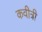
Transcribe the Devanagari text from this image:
कवीत्री